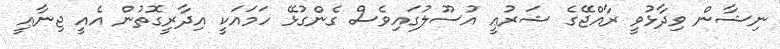
ނިޝާން ވިދާޅުވީ ރާއްޖޭގެ ޝަރުޢީ އުސޫލުގައިވެސް ގެންގުޅޭ ހަމައަކީ އިދާރީގޮތުން އެއީ ޖިނާޢީ